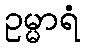
ဥမ္မာရံ